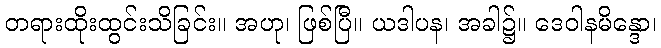
တရားထိုးထွင်းသိခြင်း။ အဟု၊ ဖြစ်ပြီ။ ယဒါပန၊ အခါ၌။ ဒေဝါနမိန္ဒော၊